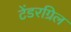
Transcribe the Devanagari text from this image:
टेंडरग्रिल